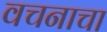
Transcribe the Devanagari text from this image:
वचनाचा